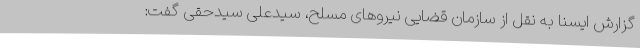
گزارش ایسنا به نقل از سازمان قضایی نیروهای مسلح، سیدعلی سیدحقی گفت: